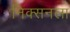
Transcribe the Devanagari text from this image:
निक्सनला